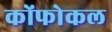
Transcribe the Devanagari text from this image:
कोंफोकल